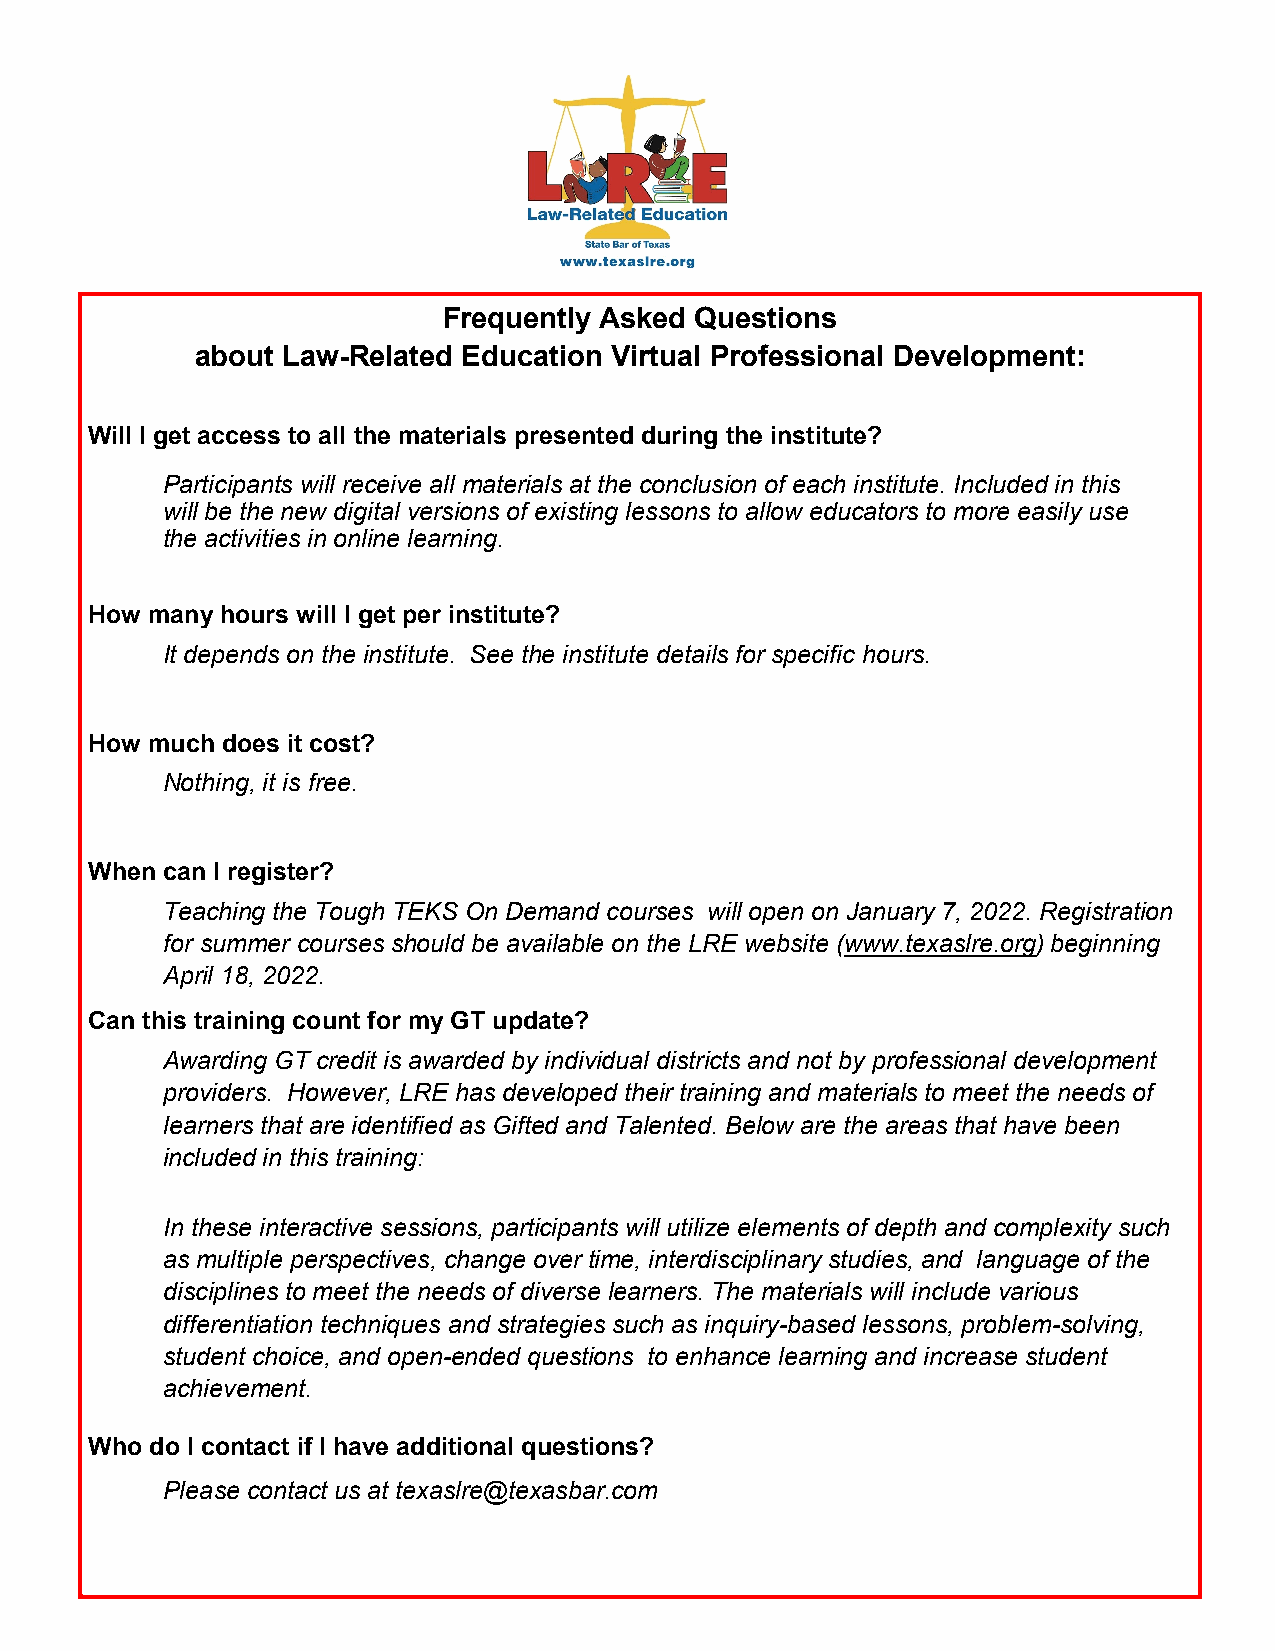
Frequently Asked Questions
 about Law-Related Education Virtual Professional Development:
 Will I get access to all the materials presented during the institute?
 Participants will receive all materials at the conclusion of each institute. Included in this
 will be the new digital versions of existing lessons to allow educators to more easily use
 the activities in online learning.
 How many hours will I get per institute?
 It depends on the institute. See the institute details for specific hours.
 How much does it cost?
 Nothing, it is free.
 When can I register?
 Teaching the Tough TEKS On Demand courses will open on January 7, 2022. Registration
 for summer courses should be available on the LRE website (www.texaslre.org) beginning
 April 18, 2022.
 Can this training count for my GT update?
 Awarding GT credit is awarded by individual districts and not by professional development
 providers. However, LRE has developed their training and materials to meet the needs of
 learners that are identified as Gifted and Talented. Below are the areas that have been
 included in this training:
 In these interactive sessions, participants will utilize elements of depth and complexity such
 as multiple perspectives, change over time, interdisciplinary studies, and language of the
 disciplines to meet the needs of diverse learners. The materials will include various
 differentiation techniques and strategies such as inquiry-based lessons, problem-solving,
 student choice, and open-ended questions to enhance learning and increase student
 achievement.
 Who do I contact if I have additional questions?
 Please contact us at texaslre@texasbar.com